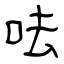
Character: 呿